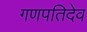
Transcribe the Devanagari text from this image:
गणपतिदेव